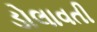
ડોલાવતી